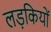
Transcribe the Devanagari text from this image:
लड़कियों